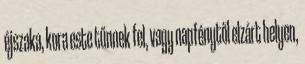
éjszaka, kora este tűnnek fel, vagy napfénytől elzárt helyen,